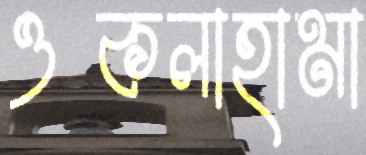
ওকলাহামা